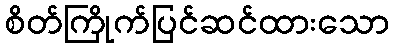
စိတ်ကြိုက်ပြင်ဆင်ထားသော